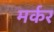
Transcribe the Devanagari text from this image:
मर्कर